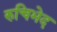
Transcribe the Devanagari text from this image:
रुचिभेद